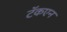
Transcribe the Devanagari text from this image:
टॅकएन